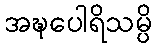
အဍ္ဎပေါရိသမ္ပိ